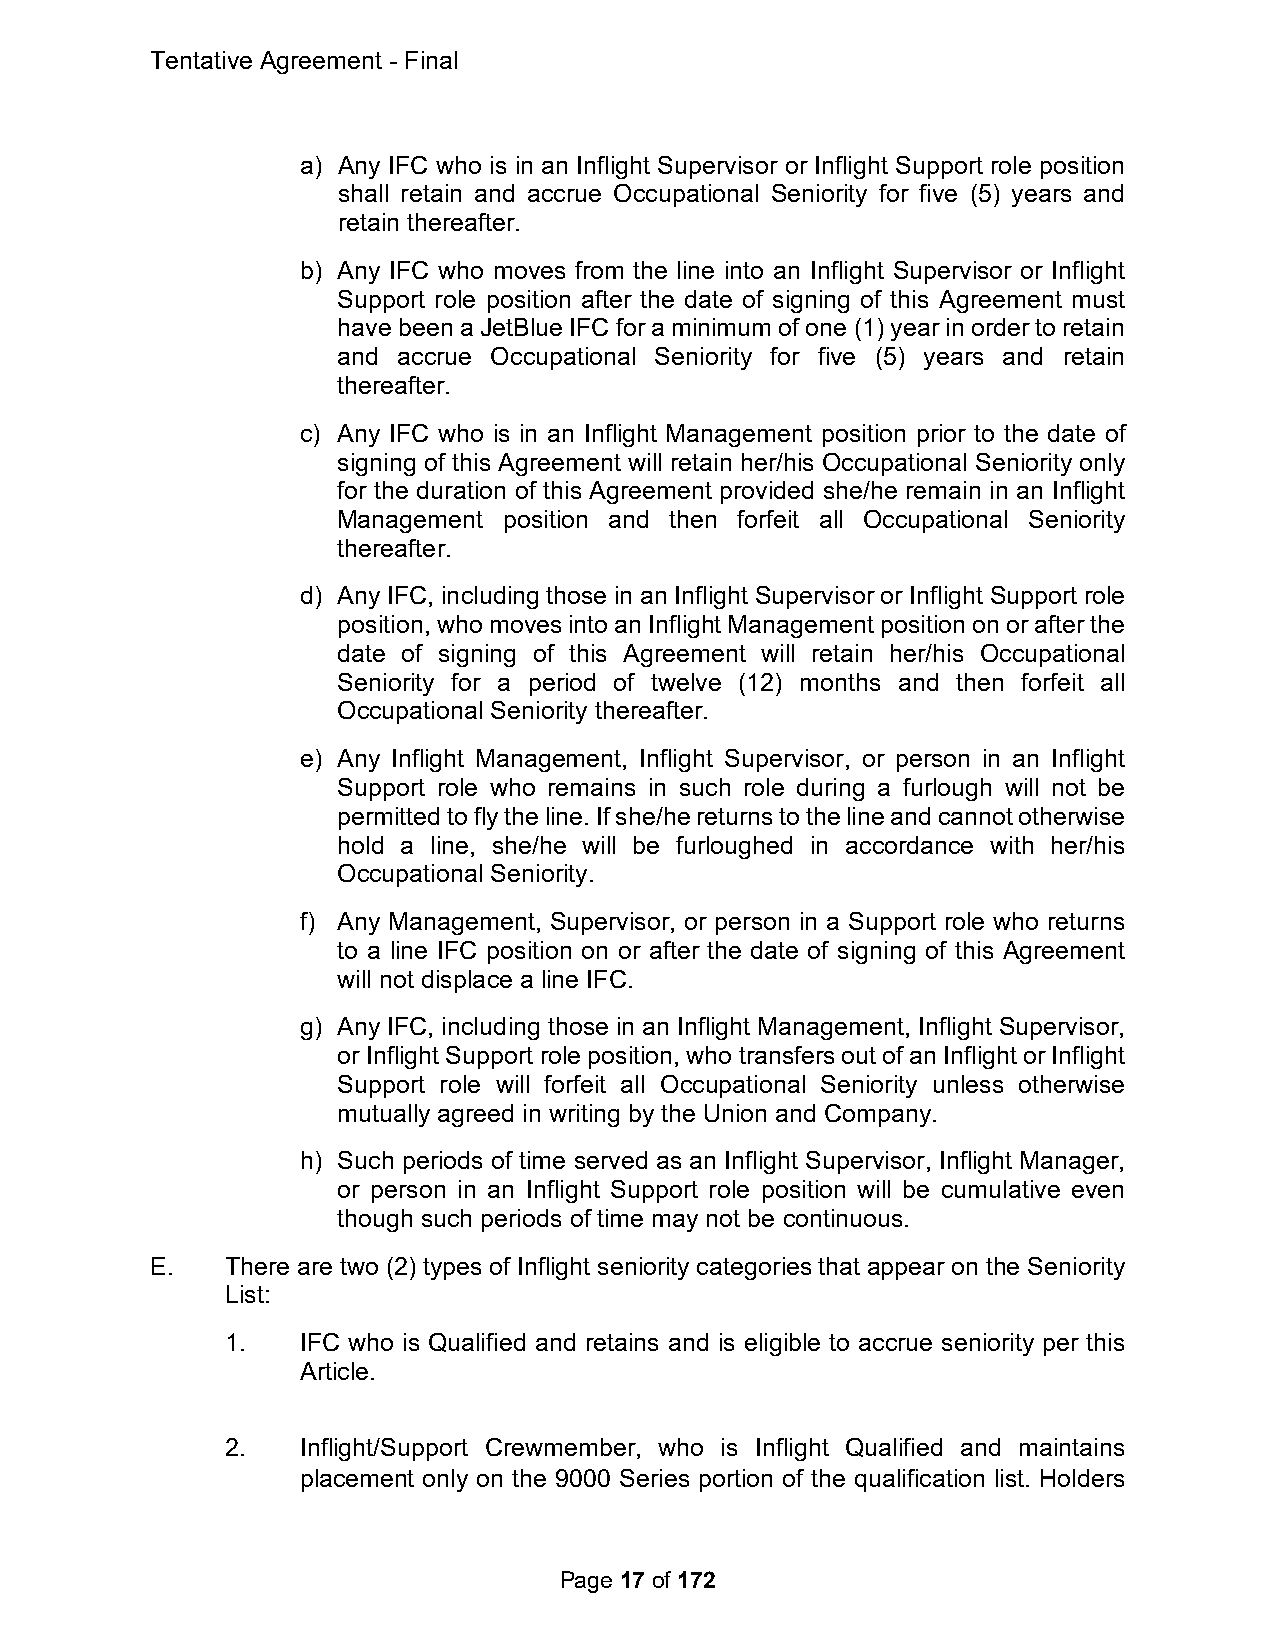
Tentative Agreement - Final
 a) Any IFC who is in an Inflight Supervisor or Inflight Support role position
 shall retain and accrue Occupational Seniority for five (5) years and
 retain thereafter.
 b) Any IFC who moves from the line into an Inflight Supervisor or Inflight
 Support role position after the date of signing of this Agreement must
 have been a JetBlue IFC for a minimum of one (1) year in order to retain
 and accrue Occupational Seniority for five (5) years and retain
 thereafter.
 c) Any IFC who is in an Inflight Management position prior to the date of
 signing of this Agreement will retain her/his Occupational Seniority only
 for the duration of this Agreement provided she/he remain in an Inflight
 Management position and then forfeit all Occupational Seniority
 thereafter.
 d) Any IFC, including those in an Inflight Supervisor or Inflight Support role
 position, who moves into an Inflight Management position on or after the
 date of signing of this Agreement will retain her/his Occupational
 Seniority for a period of twelve (12) months and then forfeit all
 Occupational Seniority thereafter.
 e) Any Inflight Management, Inflight Supervisor, or person in an Inflight
 Support role who remains in such role during a furlough will not be
 permitted to fly the line. If she/he returns to the line and cannot otherwise
 hold a line, she/he will be furloughed in accordance with her/his
 Occupational Seniority.
 f) Any Management, Supervisor, or person in a Support role who returns
 to a line IFC position on or after the date of signing of this Agreement
 will not displace a line IFC.
 g) Any IFC, including those in an Inflight Management, Inflight Supervisor,
 or Inflight Support role position, who transfers out of an Inflight or Inflight
 Support role will forfeit all Occupational Seniority unless otherwise
 mutually agreed in writing by the Union and Company.
 h) Such periods of time served as an Inflight Supervisor, Inflight Manager,
 or person in an Inflight Support role position will be cumulative even
 though such periods of time may not be continuous.
 E.   There are two (2) types of Inflight seniority categories that appear on the Seniority
 List:
 1.   IFC who is Qualified and retains and is eligible to accrue seniority per this
 Article.
 2.   Inflight/Support Crewmember, who is Inflight Qualified and maintains
 placement only on the 9000 Series portion of the qualification list. Holders
 Page 17 of 172